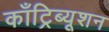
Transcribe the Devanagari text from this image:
काँट्रिब्यूशन